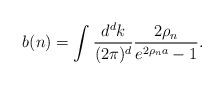
LaTeX: \begin{align*}b(n)=\int{d^d k\over(2\pi)^d}{2\rho_n\over e^{2\rho_n a}-1}.\end{align*}